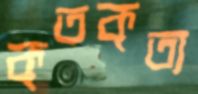
কৃতকৃত্য